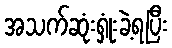
အသက်ဆုံးရှုံးခဲ့ရပြီး